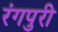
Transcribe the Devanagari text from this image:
रंगपुरी